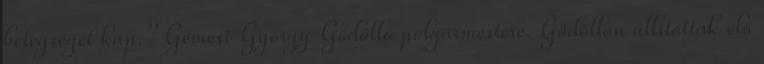
betegséget kap.” Gémesi György Gödöllő polgármestere. Gödöllőn állították elő